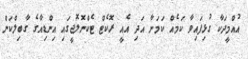
އުއްމީދަކާ ގުޅިފައިވާ ކަމެއް ކަމަށާ އަދި އެއީ ރޮކެޓް ޓެކްނޮލޮޖީގައި އިންޑިއާގެ ގާބިލްކަން